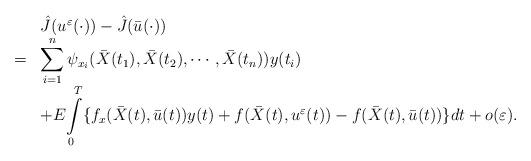
LaTeX: \begin{align*}\begin{array}[c]{rl}& \hat{J}(u^{\varepsilon}(\cdot))-\hat{J}(\bar{u}(\cdot))\\= &\displaystyle \sum \limits_{i=1}^{n}\psi_{x_i}(\bar{X}(t_1),\bar{X}(t_2),\cdots,\bar{X}(t_n))y(t_{i}) \\& +E{\displaystyle \int \limits_{0}^{T}}\{f_x(\bar{X}{(t)},\bar{u}(t))y(t)+f(\bar{X}{(t)},u^{\varepsilon}(t))-f(\bar{X}{(t)},\bar{u}(t))\}dt+o(\varepsilon).\end{array}\end{align*}